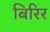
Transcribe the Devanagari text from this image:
बिरिर